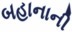
બહાનાની